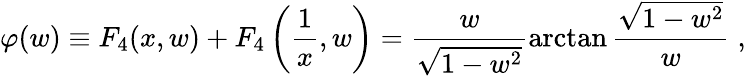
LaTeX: \varphi(w)\equiv F_{4}(x,w)+F_{4}\left(\frac{1}{x},w\right)=\frac{w}{\sqrt{1-w^{2}}}\arctan\frac{\sqrt{1-w^{2}}}{w}\; ,